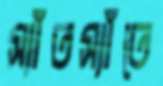
স্যাঁতস্যাঁতে